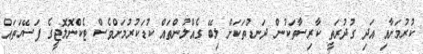
ކުރުމަށާއި އަދި ގުދުރަތީ ކާރިސާތަކުން ދަނޑުތަކަށް ލިބޭ ގެއްލުންތައް ކުޑަކުރުމަށްވެސް ޓެކްނޮލޮޖީގެ ފަސޭހަތައް